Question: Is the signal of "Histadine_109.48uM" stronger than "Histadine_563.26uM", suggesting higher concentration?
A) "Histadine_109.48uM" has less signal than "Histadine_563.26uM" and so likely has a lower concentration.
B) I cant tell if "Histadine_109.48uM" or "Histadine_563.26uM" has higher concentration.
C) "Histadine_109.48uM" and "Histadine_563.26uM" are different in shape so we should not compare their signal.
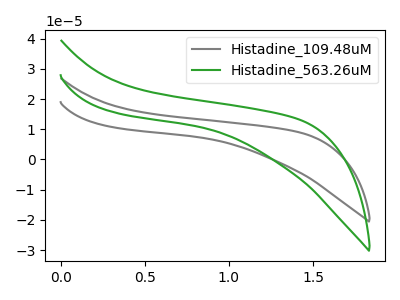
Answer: <think>The gray curve "Histadine_109.48uM" has no peaks. The green curve "Histadine_563.26uM" has no peaks.
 Neither "Histadine_109.48uM" or "Histadine_563.26uM" have any peaks.</think>
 <answer>B) I cant tell if "Histadine_109.48uM" or "Histadine_563.26uM" has higher concentration.</answer>
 <eval>B</eval>